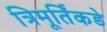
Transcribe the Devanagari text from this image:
त्रिमूर्तिंकडे